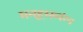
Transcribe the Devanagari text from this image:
मनहूसव्यंग्य